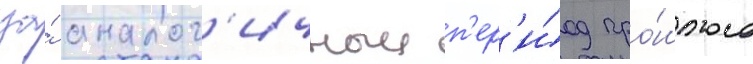
за́ аналог'ичныи п'ер'и́од про́шлого